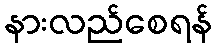
နားလည်စေရန်